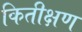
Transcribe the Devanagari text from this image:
कितीक्षण